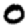
Digit: 0